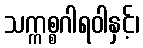
သက္ကစ္စဂါရဝါနှင့်၊